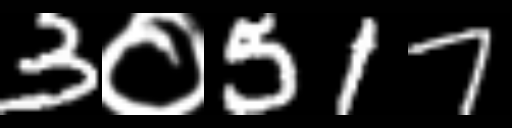
Text: 3०517